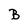
Character: B